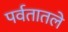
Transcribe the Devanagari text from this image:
पर्वतातले